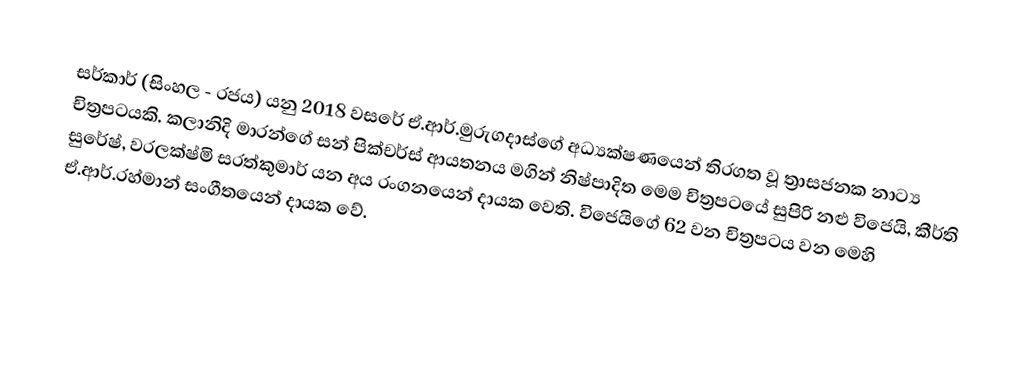
සර්කාර් (සිංහල - රජය) යනු 2018 වසරේ ඒ.ආර්.මුරුගදාස්ගේ අධ්‍යක්ෂණයෙන් තිරගත වූ ත්‍රාසජනක නාට්‍ය චිත්‍රපටයකි. කලානිදි මාරන්ගේ සන් පික්චර්ස් ආයතනය මගින් නිෂ්පාදිත මෙම චිත්‍රපටයේ සුපිරි නළු විජෙයි, කීර්ති සුරේෂ්, වරලක්ෂ්මි සරත්කුමාර් යන අය රංගනයෙන් දායක වෙති. විජෙයිගේ 62 වන චිත්‍රපටය වන මෙහි ඒ.ආර්.රහ්මාන් සංගීතයෙන් දායක වේ.